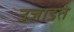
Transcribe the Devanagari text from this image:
उजाडते